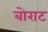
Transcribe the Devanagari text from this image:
बोराट